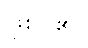
ဖြစ်ပါ၏။